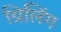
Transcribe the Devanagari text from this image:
ग्रिलिंग